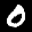
Label: 0